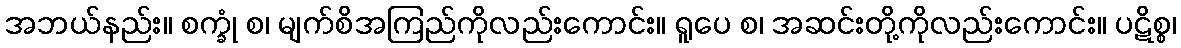
အဘယ်နည်း။ စက္ခုံ စ၊ မျက်စိအကြည်ကိုလည်းကောင်း။ ရူပေ စ၊ အဆင်းတို့ကိုလည်းကောင်း။ ပဋိစ္စ၊